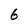
Character: 6